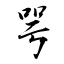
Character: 咢